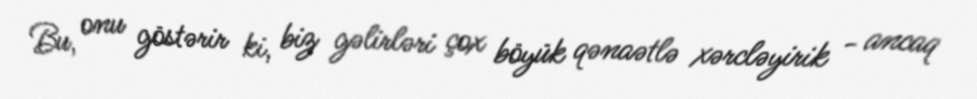
Bu, onu göstərir ki, biz gəlirləri çox böyük qənaətlə xərcləyirik - ancaq